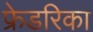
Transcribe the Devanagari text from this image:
फ्रेडरिका